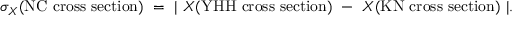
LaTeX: \sigma _ { X } ( \mathrm { N C ~ c r o s s ~ s e c t i o n } ) ~ = ~ \vert ~ X ( \mathrm { Y H H ~ c r o s s ~ s e c t i o n } ) ~ - ~ X ( \mathrm { K N ~ c r o s s ~ s e c t i o n } ) ~ \vert .